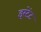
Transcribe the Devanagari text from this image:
इस्टेंट